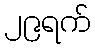
၂၉ရက်